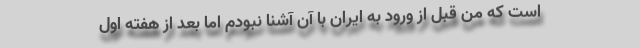
است که من قبل از ورود به ایران با آن آشنا نبودم اما بعد از هفته اول